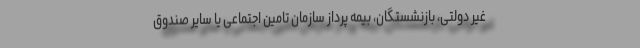
غیر دولتی، بازنشستگان، بیمه پرداز سازمان تامین اجتماعی یا سایر صندوق